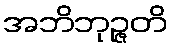
အဘိဘုဉ္ဇတိ